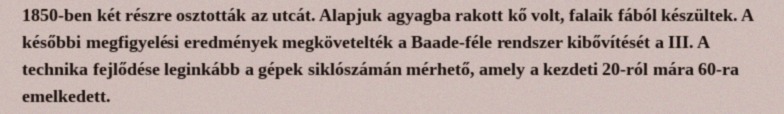
1850-ben két részre osztották az utcát. Alapjuk agyagba rakott kő volt, falaik fából készültek. A későbbi megfigyelési eredmények megkövetelték a Baade-féle rendszer kibővítését a III. A technika fejlődése leginkább a gépek siklószámán mérhető, amely a kezdeti 20-ról mára 60-ra emelkedett.